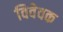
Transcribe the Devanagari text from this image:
विवेवक